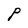
Character: P